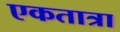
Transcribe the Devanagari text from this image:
एकतात्रा